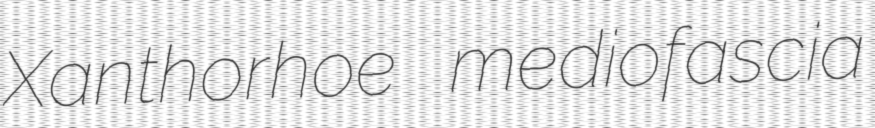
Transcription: Xanthorhoe mediofascia